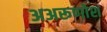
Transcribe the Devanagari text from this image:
अअरूणोश